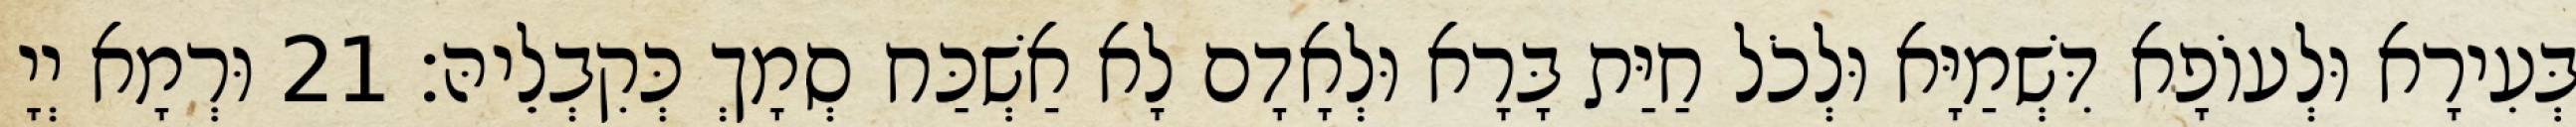
בְּעִירָא וּלְעוֹפָא דִּשְׁמַיָּא וּלְכֹל חַיַּת בָּרָא וּלְאָדָם לָא אַשְׁכַּח סְמָךְ כְּקִבְלֵיהּ׃ 21 וּרְמָא יְיָ